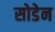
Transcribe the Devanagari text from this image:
सोडेन